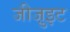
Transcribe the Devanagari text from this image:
जीजु़इट